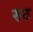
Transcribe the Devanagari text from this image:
रुठ